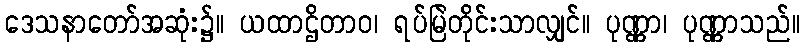
ဒေသနာတော်အဆုံး၌။ ယထာဌိတာဝ၊ ရပ်မြဲတိုင်းသာလျှင်။ ပုဏ္ဏာ၊ ပုဏ္ဏာသည်။